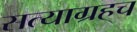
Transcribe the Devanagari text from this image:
सत्याग्रहच